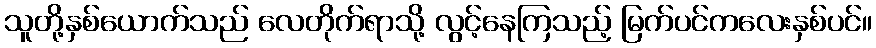
သူတို့နှစ်ယောက်သည် လေတိုက်ရာသို့ လွင့်နေကြသည့် မြက်ပင်ကလေးနှစ်ပင်။